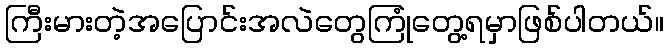
ကြီးမားတဲ့အပြောင်းအလဲတွေကြုံတွေ့ရမှာဖြစ်ပါတယ်။